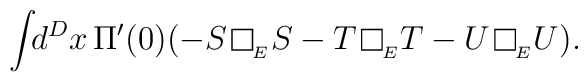
\int\!\!d^{D}x\,\Pi'(0)(-S\,\framebox(7,7){}_{_{E}}S	-T\,\framebox(7,7){}_{_{E}}T	-U\,\framebox(7,7){}_{_{E}}U).